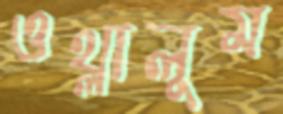
ওথ্‌লালুম